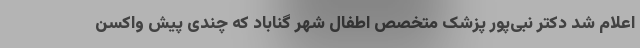
اعلام شد دکتر نبی‌پور پزشک متخصص اطفال شهر گناباد که چندی پیش واکسن